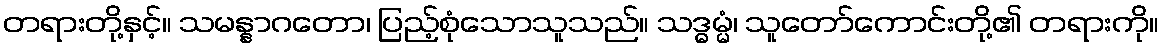
တရားတို့နှင့်။ သမန္နာဂတော၊ ပြည့်စုံသောသူသည်။ သဒ္ဓမ္မံ၊ သူတော်ကောင်းတို့၏ တရားကို။